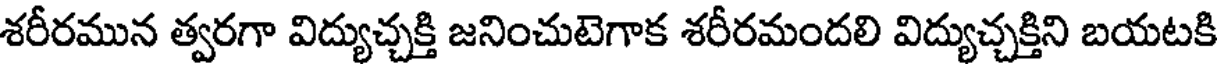
శరీరమున త్వరగా విద్యుచ్చక్తి జనించుటెగాక శరీరమందలి విద్యుచ్చక్తిని బయటకి